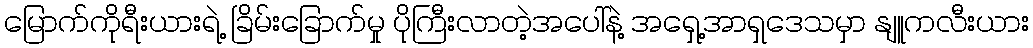
မြောက်ကိုရီးယားရဲ့ ခြိမ်းခြောက်မှု ပိုကြီးလာတဲ့အပေါ်နဲ့ အရှေ့အာရှဒေသမှာ နျူကလီးယား